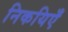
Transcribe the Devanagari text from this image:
निकयिएँ